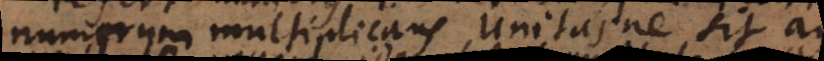
numerum multiplicans unitasne sit an